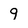
Character: 9